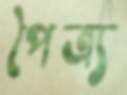
পৈত্র্য